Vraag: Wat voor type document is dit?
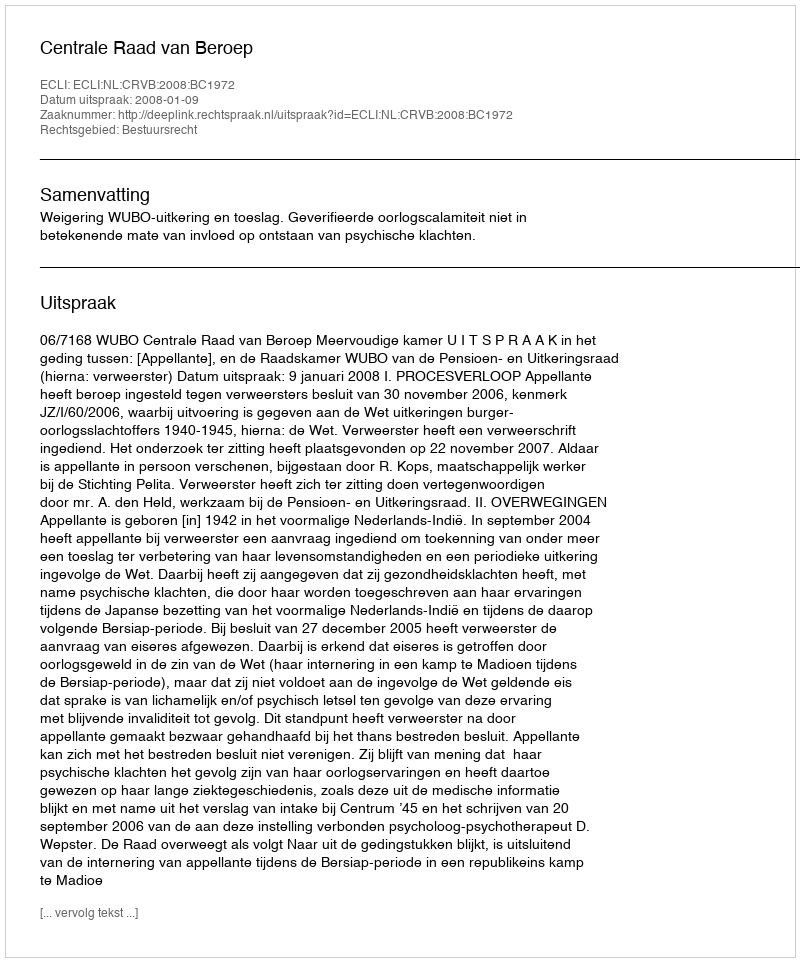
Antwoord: Uitspraak